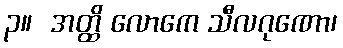
၃။  အတ္ထိ လောကေ သီလဂုဏော၊